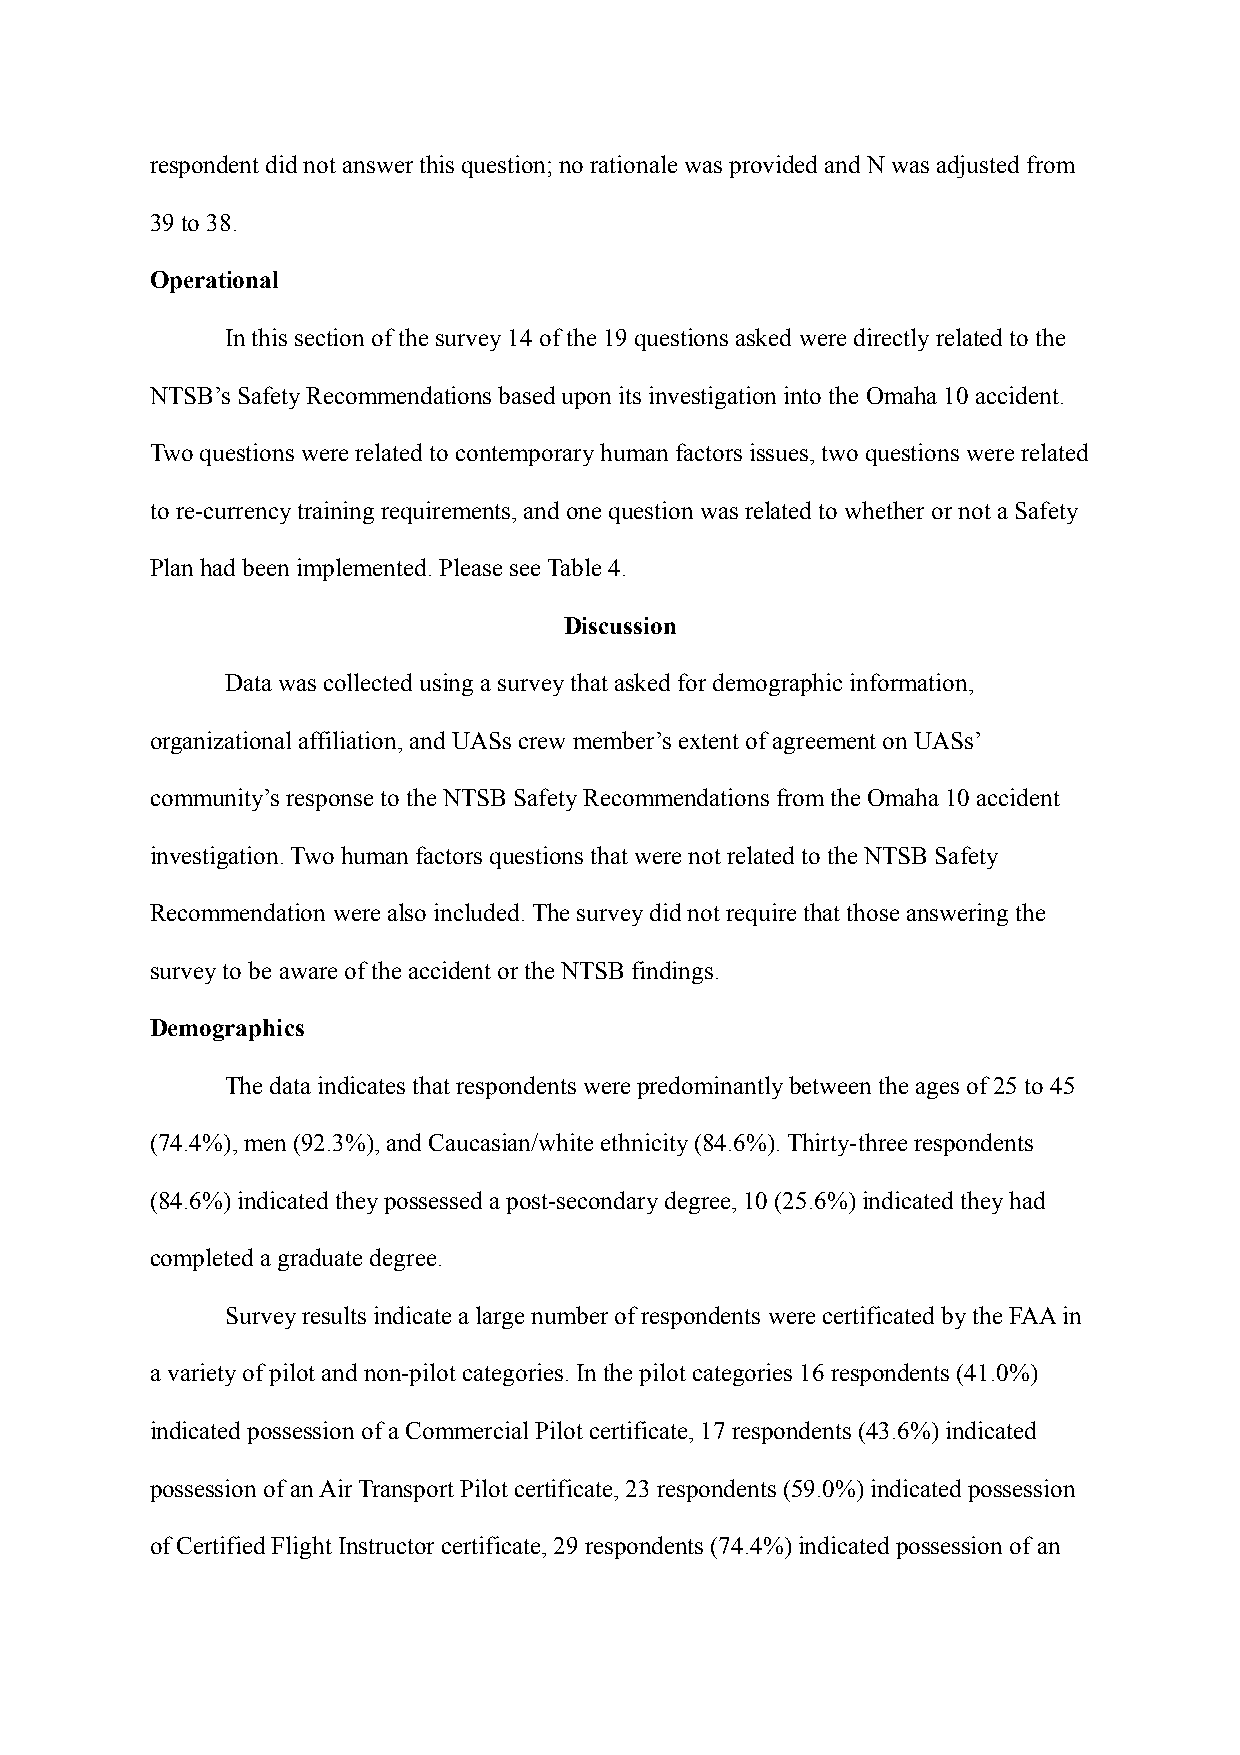
respondent did not answer this question; no rationale was provided and N was adjusted from
 39 to 38.
 Operational
 In this section of the survey 14 of the 19 questions asked were directly related to the
 NTSB’s Safety Recommendations based upon its investigation into the Omaha 10 accident.
 Two questions were related to contemporary human factors issues, two questions were related
 to re-currency training requirements, and one question was related to whether or not a Safety
 Plan had been implemented. Please see Table 4.
 Discussion
 Data was collected using a survey that asked for demographic information,
 organizational affiliation, and UASs crew member’s extent of agreement on UASs’
 community’s response to the NTSB Safety Recommendations from the Omaha 10 accident
 investigation. Two human factors questions that were not related to the NTSB Safety
 Recommendation were also included. The survey did not require that those answering the
 survey to be aware of the accident or the NTSB findings.
 Demographics
 The data indicates that respondents were predominantly between the ages of 25 to 45
 (74.4%), men (92.3%), and Caucasian/white ethnicity (84.6%). Thirty-three respondents
 (84.6%) indicated they possessed a post-secondary degree, 10 (25.6%) indicated they had
 completed a graduate degree.
 Survey results indicate a large number of respondents were certificated by the FAA in
 a variety of pilot and non-pilot categories. In the pilot categories 16 respondents (41.0%)
 indicated possession of a Commercial Pilot certificate, 17 respondents (43.6%) indicated
 possession of an Air Transport Pilot certificate, 23 respondents (59.0%) indicated possession
 of Certified Flight Instructor certificate, 29 respondents (74.4%) indicated possession of an